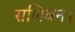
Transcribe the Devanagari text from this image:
सलिवन।